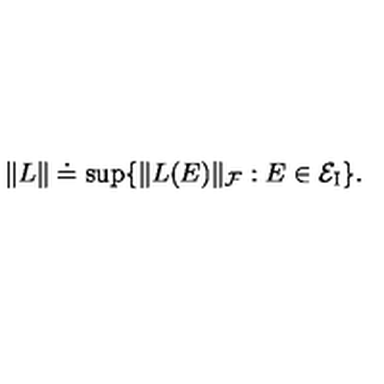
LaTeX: \| L \| \doteq \sup \{ \| L ( E ) \| _ { \cal F } : E \in { \cal E } _ { \mathrm { { \scriptsize I } } } \} .